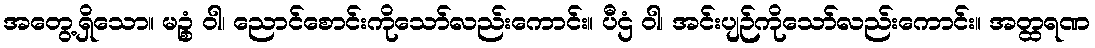
အတွေ့ရှိသော။ မဉ္စံ ဝါ၊ ညောင်စောင်းကိုသော်လည်းကောင်း။ ပီဌံ ဝါ၊ အင်းပျဉ်ကိုသော်လည်းကောင်း။ အတ္ထရဏ